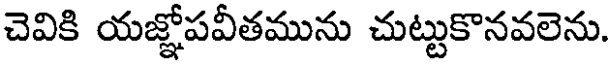
చెవికి యజ్ఞోపవీతమును చుట్టుకొనవలెను.